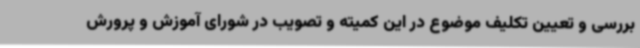
بررسی و تعیین تکلیف موضوع در این کمیته و تصویب در شورای آموزش و پرورش